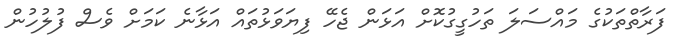
ފަރާތްތަކުގެ މައްސަލަ ތަހުގީގުކޮށް އަޅަން ޖެހޭ ފިޔަވަޅުތައް އަޅާނެ ކަމަށް ވެސް ފުލުހުން